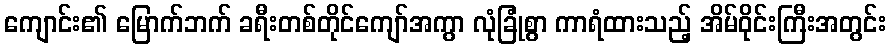
ကျောင်း၏ မြောက်ဘက် ခရီးတစ်တိုင်ကျော်အကွာ လုံခြုံစွာ ကာရံထားသည့် အိမ်ဝိုင်းကြီးအတွင်း